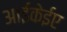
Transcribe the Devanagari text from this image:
आईकेईए